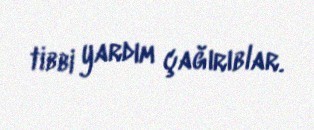
tibbi yardım çağırıblar.